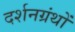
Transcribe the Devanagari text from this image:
दर्शनग्रंथों